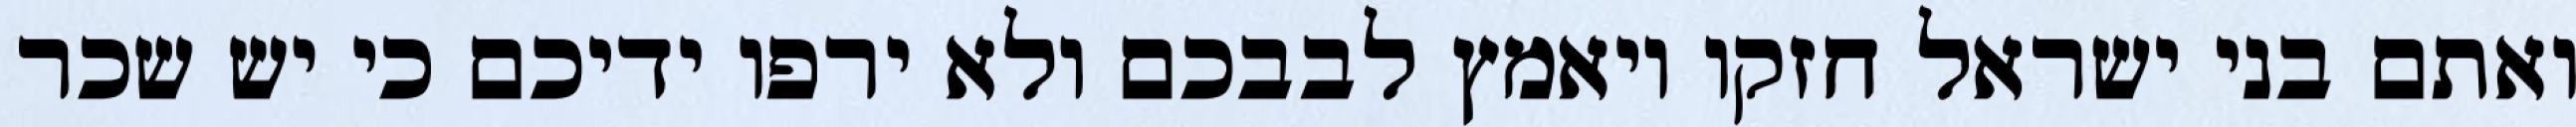
ואתם בני ישראל חזקו ויאמץ לבבכם ולא ירפו ידיכם כי יש שכר